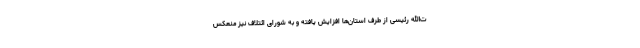
ت‌الله رئیسی از طرف استان‌ها افزایش یافته و به شورای ائتلاف نیز منعکس